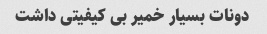
دونات بسیار خمیر بی کیفیتی داشت